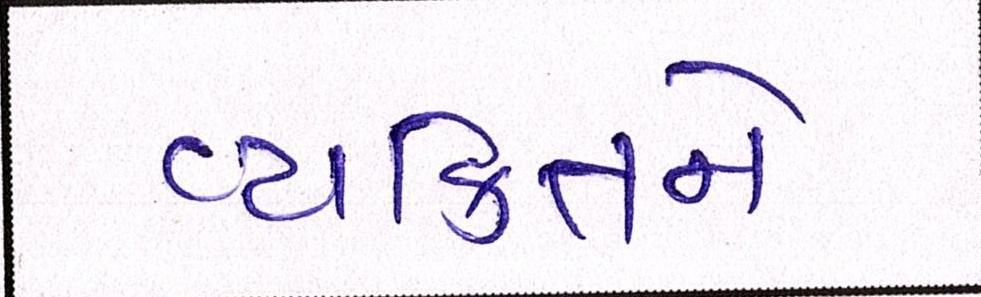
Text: વ્યકિતને